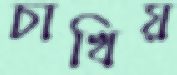
চাখিয়